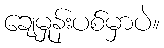
ချေမှုန်းပစ်မှာပဲ။